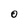
Character: O